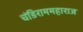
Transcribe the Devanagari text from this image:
चंडिराममहाराज